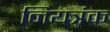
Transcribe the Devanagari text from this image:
नियत्रंक